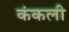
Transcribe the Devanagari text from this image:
कंकली